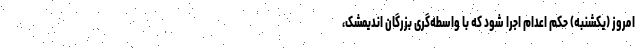
امروز (یکشنبه) حکم اعدام اجرا شود که با واسطه‌گری بزرگان اندیمشک،